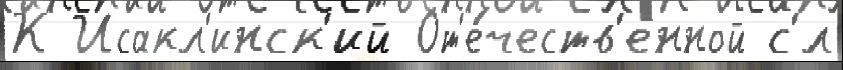
К Исакл'инск'ий От'е́честв'енной с'́л